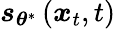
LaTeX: \boldsymbol{s}_{\boldsymbol{\theta}^{*}}\left(\boldsymbol{x}_{t},t\right)